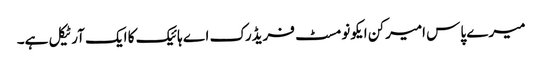
میرے پاس امیرکن ایکونومسٹ فریڈرک اے ہائیک کا ایک آرٹیکل ہے۔